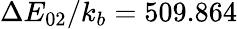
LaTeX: \Delta E_{02}/k_{b}=509.864